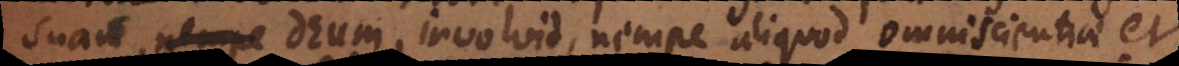
suam, Deum, involvit, nempe aliquod omniscientiae et